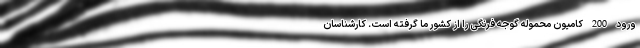
ورود 200 کامیون محموله گوجه فرنگی را از کشور ما گرفته است. کارشناسان